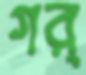
গর্